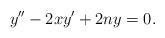
LaTeX: \begin{align*}y''-2xy'+2ny=0.\end{align*}